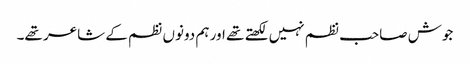
جوش صاحب نظم نہیں لکھتے تھے اور ہم دونوں نظم کے شاعر تھے۔